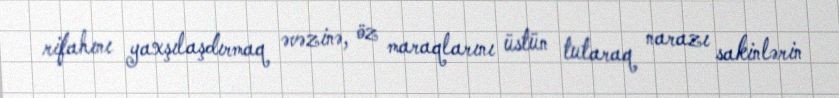
rifahını yaxşılaşdırmaq əvəzinə, öz maraqlarını üstün tutaraq narazı sakinlərin